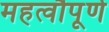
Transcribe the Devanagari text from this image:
महत्वौपूर्ण